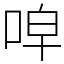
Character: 唕